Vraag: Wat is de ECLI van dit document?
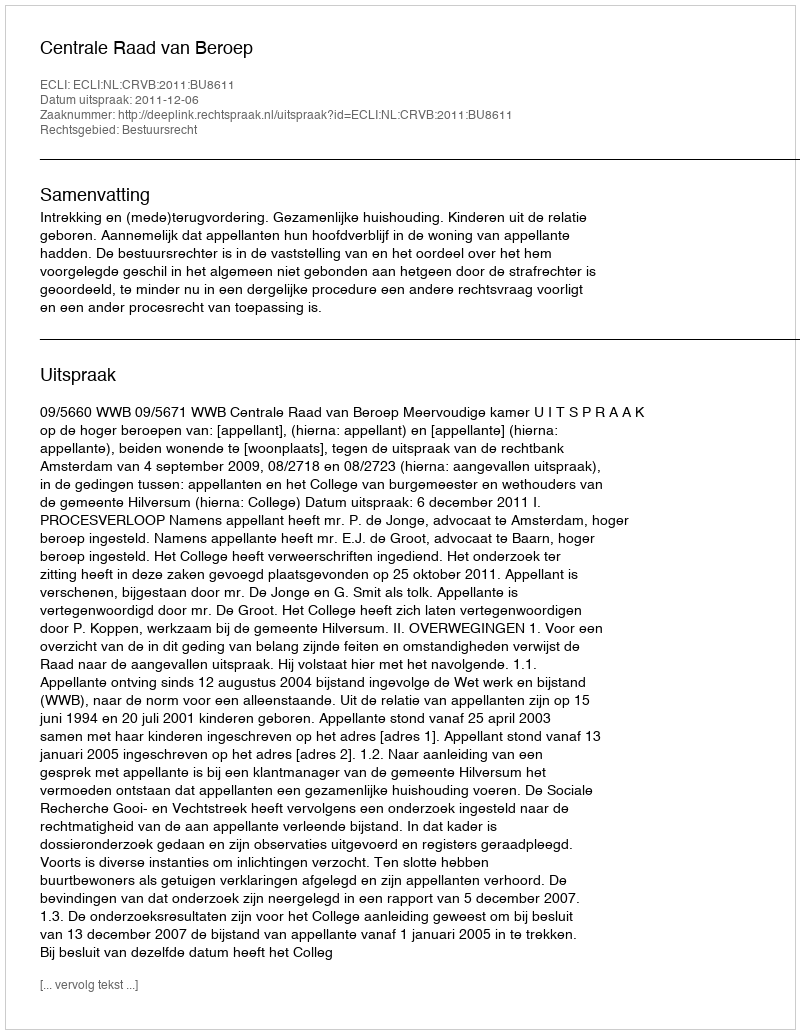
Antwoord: ECLI:NL:CRVB:2011:BU8611